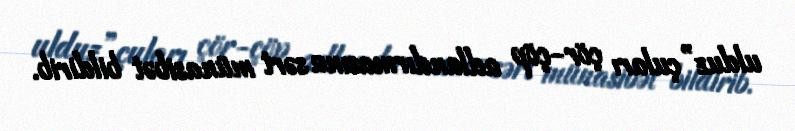
ulduz”çuları çör-çöp adlandırmasına sərt münasibət bildirib.